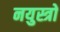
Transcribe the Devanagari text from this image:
नयुस्त्रो